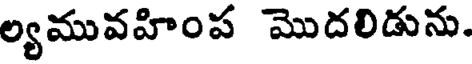
ల్యమువహింప మొదలిడును.